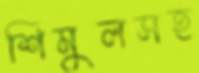
শিমুলসহ